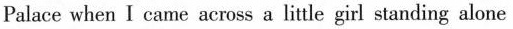
Palace when I came across a litle girl standing alone